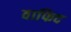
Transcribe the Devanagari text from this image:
वाफिद